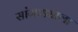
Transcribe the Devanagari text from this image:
सांगाड्याला